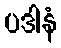
ပဒါနံ